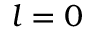
l = 0